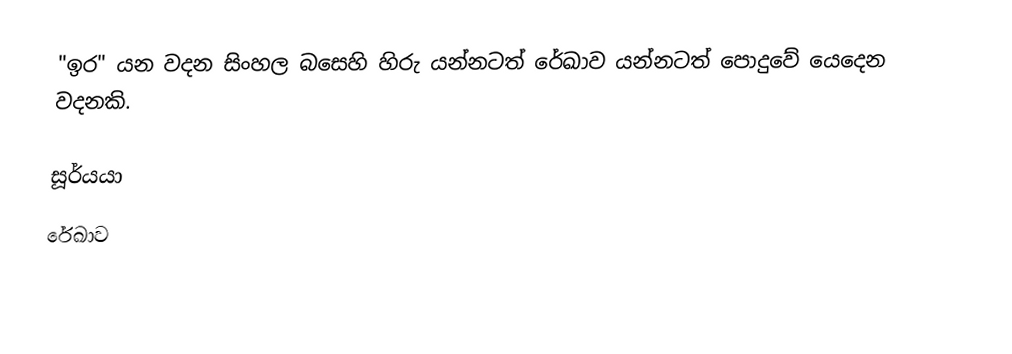
"ඉර" යන වදන සිංහල බසෙහි හිරු යන්නටත් රේඛාව යන්නටත් පොදුවේ යෙදෙන වදනකි.

 සූර්යයා
 රේඛාව